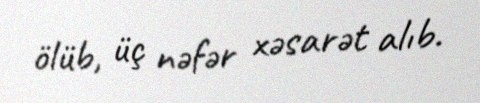
ölüb, üç nəfər xəsarət alıb.